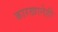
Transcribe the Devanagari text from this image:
कारखानेही